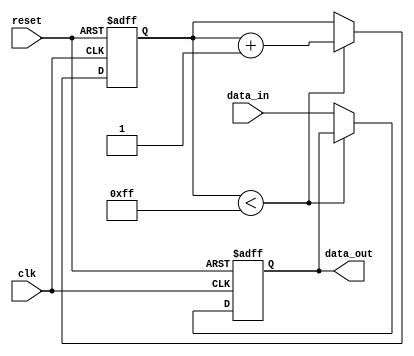
module latch_delay (
    input wire clk,       // Clock input
    input wire reset,     // Reset input
    input wire data_in,   // Input data to be delayed
    output reg data_out   // Delayed output data
);

reg [7:0] delay_count;    // Delay counter

always @(posedge clk or posedge reset) begin
    if (reset) begin
        delay_count <= 8'h00;   // Reset delay counter
        data_out <= 1'b0;       // Reset output data
    end else begin
        if (delay_count < 8'hFF) begin
            delay_count <= delay_count + 1;    // Increment delay counter
        end else begin
            data_out <= data_in;    // Output the delayed data
        end
    end
end

endmodule